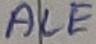
Text: ALE